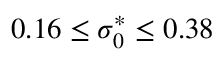
0 . 1 6 \leq \sigma _ { 0 } ^ { * } \leq 0 . 3 8